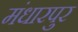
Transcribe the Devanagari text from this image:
मंधारपुर